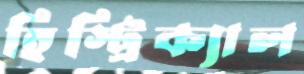
হিস্ট্রিক্যাল